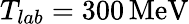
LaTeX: T_{lab}=300\, \mathrm{MeV}